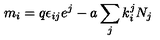
m _ { i } = q \epsilon _ { i j } e ^ { j } - a \sum _ { j } k _ { i } ^ { j } N _ { j }